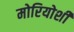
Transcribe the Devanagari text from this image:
मोरियोशी